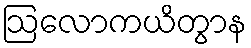
ဩလောကယိတွာန